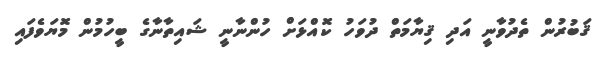
ޤަބުރުން ތެދުވާނީ އަދި ޤިޔާމަތް ދުވަހު ކޮއްޅަށް ހުންނާނީ ޝައިތާނާގެ ބީހުމުން މޮޔަވެފައި